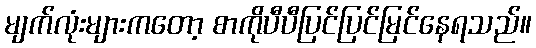
မျက်လုံးများကတော့ စာကိုပီပီပြင်ပြင်မြင်နေရသည်။